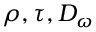
\rho , \tau , D _ { \omega }